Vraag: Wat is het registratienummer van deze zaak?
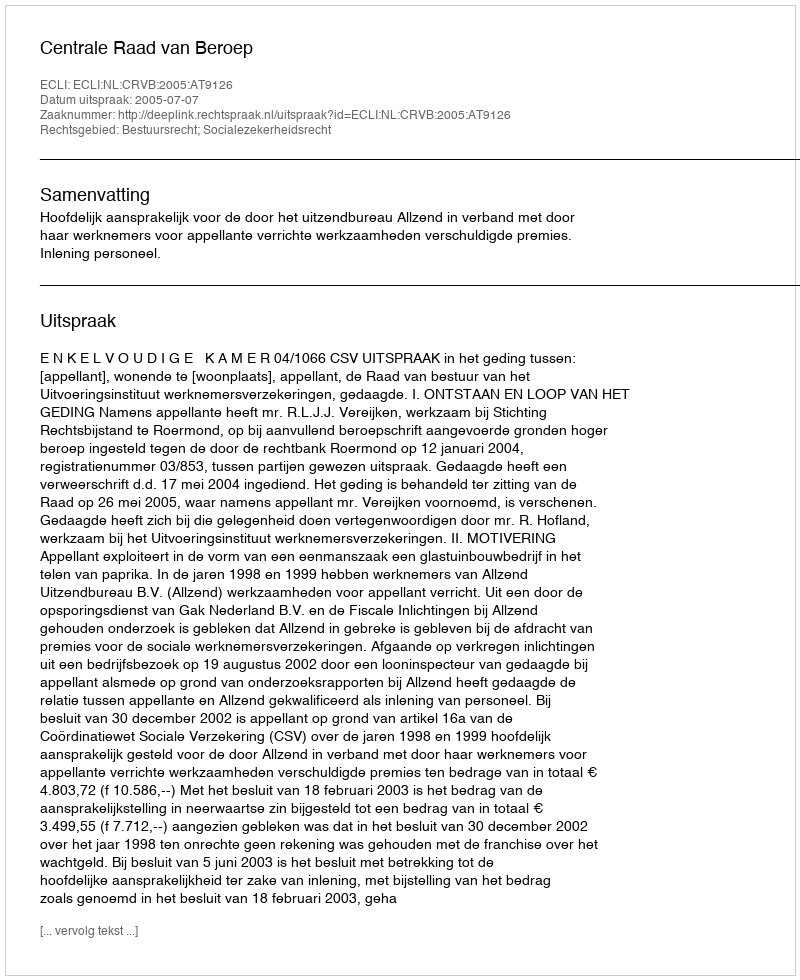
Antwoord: http://deeplink.rechtspraak.nl/uitspraak?id=ECLI:NL:CRVB:2005:AT9126